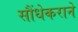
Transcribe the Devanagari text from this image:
सौंधेकराने